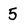
Character: 5